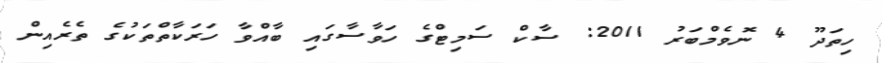
ހިތަދޫ 4 ނޮވެމްބަރު 2011: ސާކް ސަމިޓްގެ ހަވާސާގައި ބާއްވާ ހަރަކާތްތަކުގެ ތެރެއިން